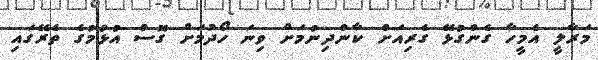
މަރާލީ އެމީހާ ގެންގުޅޭ ގެރިއަށް ކާންދިނުމަށް ވިނަ ހޯދުމަށް ގޮސް އުޅުމުގެ ތެރޭގައި